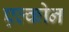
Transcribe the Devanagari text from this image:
एल्कोन